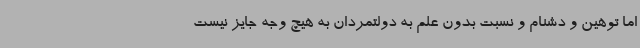
اما توهین و دشنام و نسبت بدون علم به دولتمردان به هیچ وجه جایز نیست